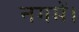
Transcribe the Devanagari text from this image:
नगमें।